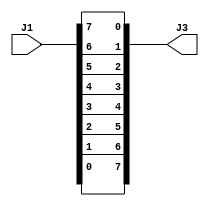
module main (input [7:0] J1, output [7:0] J3);
assign J3 = {J1[0],J1[1],J1[2],J1[3],J1[4],J1[5],J1[6],J1[7]};
endmodule